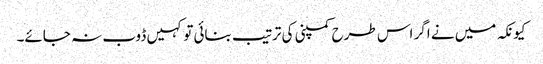
کیونکہ میں نے اگر اس طرح کمپنی کی ترتیب بنائی تو کہیں ڈوب نہ جائے۔